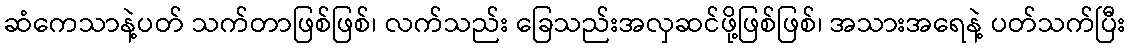
ဆံကေသာနဲ့ပတ် သက်တာဖြစ်ဖြစ်၊ လက်သည်း ခြေသည်းအလှဆင်ဖို့ဖြစ်ဖြစ်၊ အသားအရေနဲ့ ပတ်သက်ပြီး